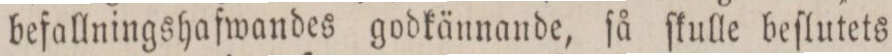
befallningshafwandes godkännande, ſå ſkulle beſlutets